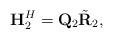
LaTeX: \begin{align*}\mathbf{H}_2^H=\mathbf{Q}_2\tilde{\mathbf{R}}_2,\end{align*}